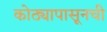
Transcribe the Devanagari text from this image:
कोठ्यापासूनची